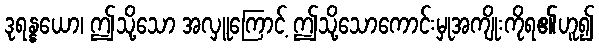
ဒုရန္နယော၊ ဤသို့သော အလှူကြောင့် ဤသို့သောကောင်းမှုအကျိုးကိုရ၏ဟူ၍